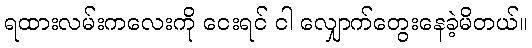
ရထားလမ်းကလေးကို ငေးရင် ငါ လျှောက်တွေးနေခဲ့မိတယ်။